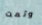
وتمت